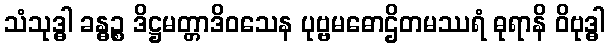
သံသုဒ္ဓါ ခန္ဓဉ္စ ဒိဋ္ဌမတ္တာဒိဝသေန ပုဗ္ဗမဓောဌိတမဿရံ ဓုရာနိ ဝိဗုဒ္ဓါ